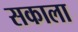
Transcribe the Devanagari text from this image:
सकाला